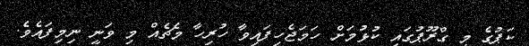
ކަޕުގެ މި ގްރޫޕުގައި ކުޅުމަށް ހަމަޖެހިފައިވާ ހުރިހާ މެޗެއް މި ވަނީ ނިމިފައެވެ.